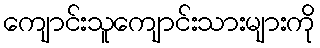
ကျောင်းသူကျောင်းသားများကို